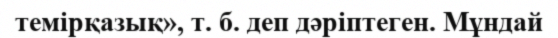
темірқазық», т. б. деп дәріптеген. Мұндай